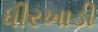
ધીરખાડી